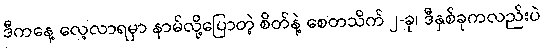
ဒီကနေ့ လေ့လာရမှာ နာမ်လို့ပြောတဲ့ စိတ်နဲ့ စေတသိက် ၂-ခု၊ ဒီနှစ်ခုကလည်းပဲ